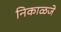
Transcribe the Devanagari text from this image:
निकाळजे